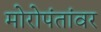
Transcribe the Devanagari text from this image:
मोरोपंतांवर